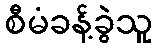
စီမံခန့်ခွဲသူ